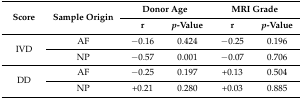
| <ROWSPAN=2> Score | <ROWSPAN=2> Sample Origin | <COLSPAN=2> Donor Age | <COLSPAN=2> MRI Grade |
 | r | p-Value | r | p-Value |
 | --- | --- | --- | --- | --- | --- |
 | <ROWSPAN=2> IVD | AF | −0.16 | 0.424 | −0.25 | 0.196 |
 | NP | −0.57 | 0.001 | −0.07 | 0.706 |
 | <ROWSPAN=2> DD | AF | −0.25 | 0.197 | +0.13 | 0.504 |
 | NP | +0.21 | 0.280 | +0.03 | 0.885 |